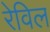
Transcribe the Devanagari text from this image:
रेविल